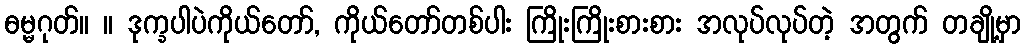
ဓမ္မဂုတ်။ ။ ဒုက္ခပါပဲကိုယ်တော်, ကိုယ်တော်တစ်ပါး ကြိုးကြိုးစားစား အလုပ်လုပ်တဲ့ အတွက် တချို့မှာ